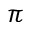
\pi